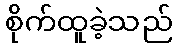
စိုက်ထူခဲ့သည်